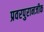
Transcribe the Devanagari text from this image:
प्रवरपुरानजीक